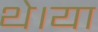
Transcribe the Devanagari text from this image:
थे।या